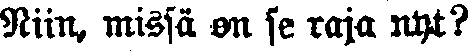
Niin, missä on se raja nyt?